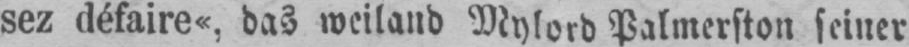
sez défaire«, das weiland Mylord Palmerston seiner